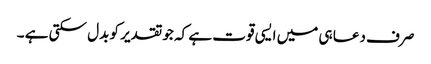
صرف دعا ہی میں ایسی قوت ہے کہ جو تقدیر کو بدل سکتی ہے ۔